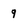
Character: 9